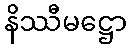
နိဿီမဋ္ဌော